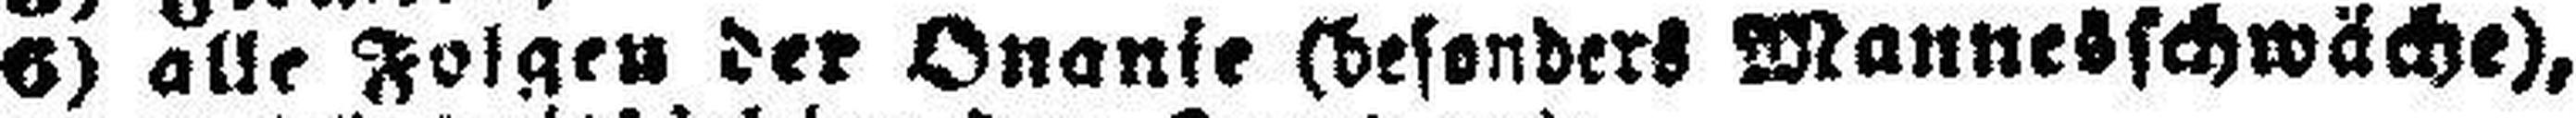
6) alle Folgen der Onanie (besonders Mannesschwäche),